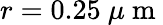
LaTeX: r=0.25~\mu\mathrm{~m~}